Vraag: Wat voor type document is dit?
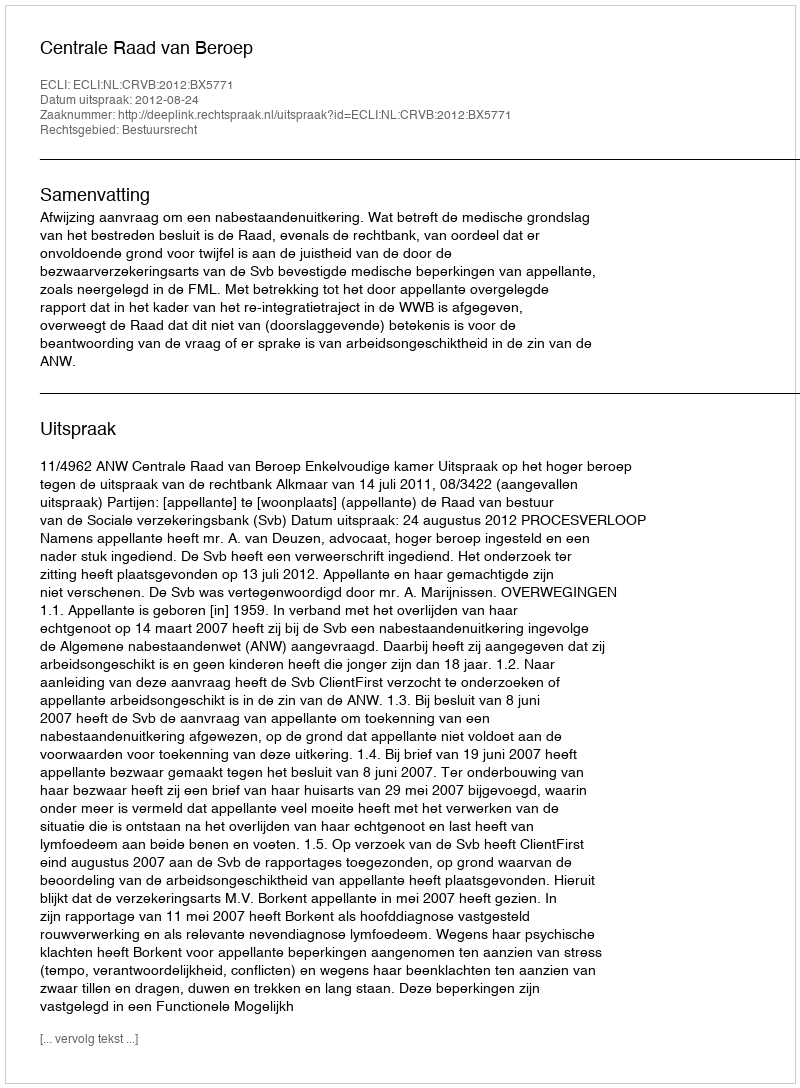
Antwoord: Uitspraak